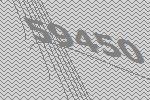
59450